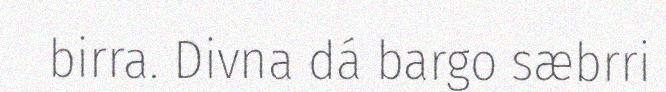
birra. Divna dá bargo sæbrri